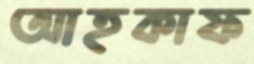
আহকাফ